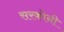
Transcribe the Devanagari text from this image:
सरकोनी